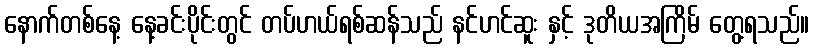
နောက်တစ်နေ့ နေ့ခင်းပိုင်းတွင် တပ်ဟယ်ရစ်ဆန်သည် နင်ဟင်ဆူး နှင့် ဒုတိယအကြိမ် တွေ့ရသည်။